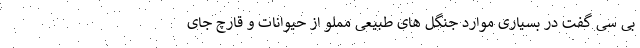
بی سی گفت در بسیاری موارد جنگل های طبیعی مملو از حیوانات و قارچ جای